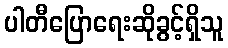
ပါတီပြောရေးဆိုခွင့်ရှိသူ